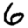
Digit: 6